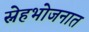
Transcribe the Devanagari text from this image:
स्नेहभोजनात